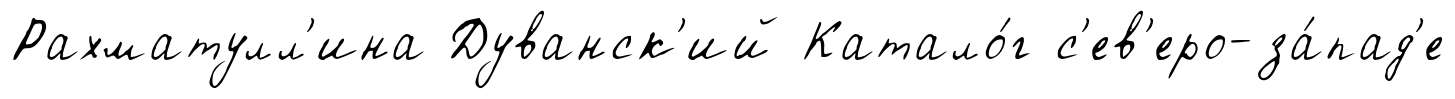
Рахматулл'ина Дуванск'ий Катало́г с'ев'еро-за́пад'е